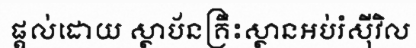
ផ្តល់ដោយ ស្ថាប័នគ្រឹះស្ថានអប់រំស៊ីវិល